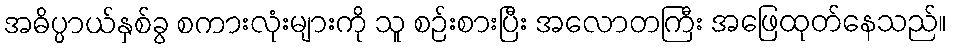
အဓိပ္ပာယ်နှစ်ခွ စကားလုံးများကို သူ စဉ်းစားပြီး အလောတကြီး အဖြေထုတ်နေသည်။